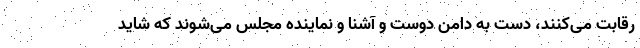
رقابت می‌کنند، دست به دامن دوست و آشنا و نماینده مجلس می‌شوند که شاید